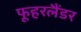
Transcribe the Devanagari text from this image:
फूहरलैंडर